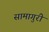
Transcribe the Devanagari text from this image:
सामागुरी